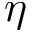
\eta